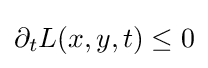
\partial _{t}L(x,y,t)\leq 0